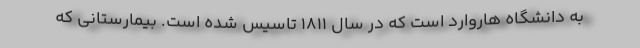
به دانشگاه هاروارد است که در سال ۱۸۱۱ تاسیس شده است. بیمارستانی که